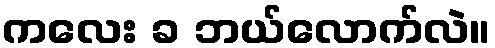
ကလေး ခ ဘယ်လောက်လဲ။